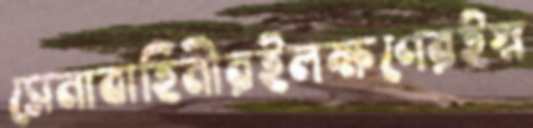
সেনাবাহিনীরইলক্ষণেরইস্ন